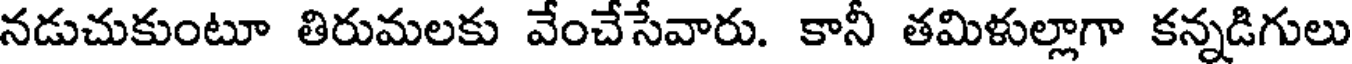
నడుచుకుంటూ తిరుమలకు వేంచేసేవారు. కానీ తమిళుల్లాగా కన్నడిగులు